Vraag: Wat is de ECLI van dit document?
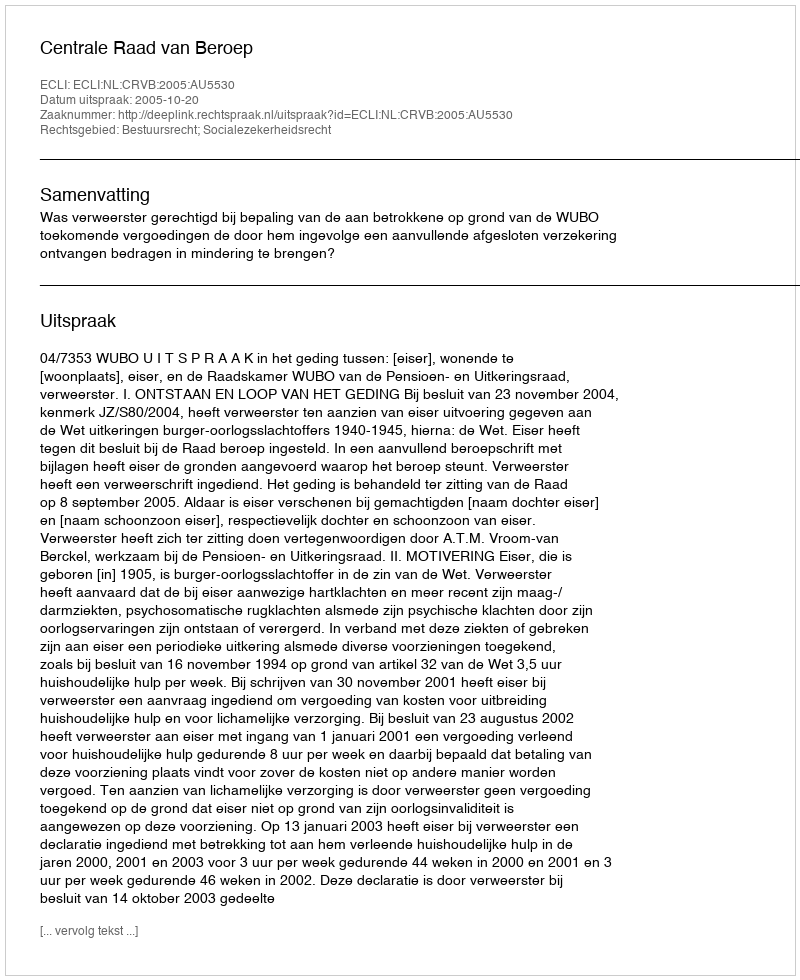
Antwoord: ECLI:NL:CRVB:2005:AU5530